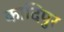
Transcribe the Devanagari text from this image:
कादिपुर